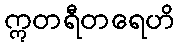
ဣတရီတရေဟိ